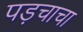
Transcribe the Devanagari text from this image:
पड़चाचा